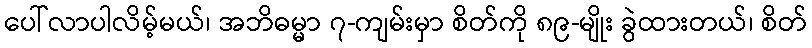
ပေါ်လာပါလိမ့်မယ်၊ အဘိဓမ္မာ ၇-ကျမ်းမှာ စိတ်ကို ၈၉-မျိုး ခွဲထားတယ်၊ စိတ်